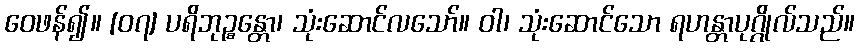
ဝေဖန်၍။ [၀၇] ပရိဘုဉ္စန္တော၊ သုံးဆောင်လသော်။ ဝါ၊ သုံးဆောင်သော ရဟန္တာပုဂ္ဂိုလ်သည်။